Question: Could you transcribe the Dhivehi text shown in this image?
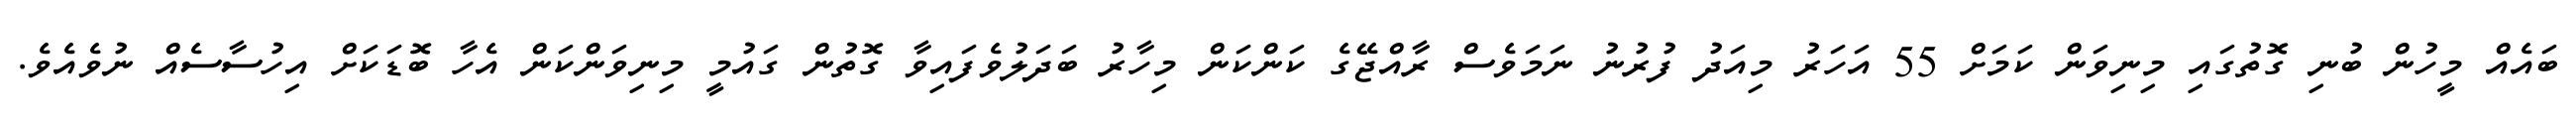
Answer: ބައެއް މީހުން ބުނި ގޮތުގައި މިނިވަން ކަމަށް 55 އަހަރު މިއަދު ފުރުނު ނަމަވެސް ރާއްޖޭގެ ކަންކަން މިހާރު ބަދަލުވެފައިވާ ގޮތުން ގައުމީ މިނިވަންކަން އެހާ ބޮޑަކަށް އިހުސާސެއް ނުވެއެވެ.